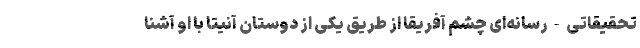
تحقیقاتی-رسانه‌ای چشم آفریقا از طریق یکی از دوستان آنیتا با او آشنا